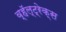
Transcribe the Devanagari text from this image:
व्हॅल्ट्रेक्स